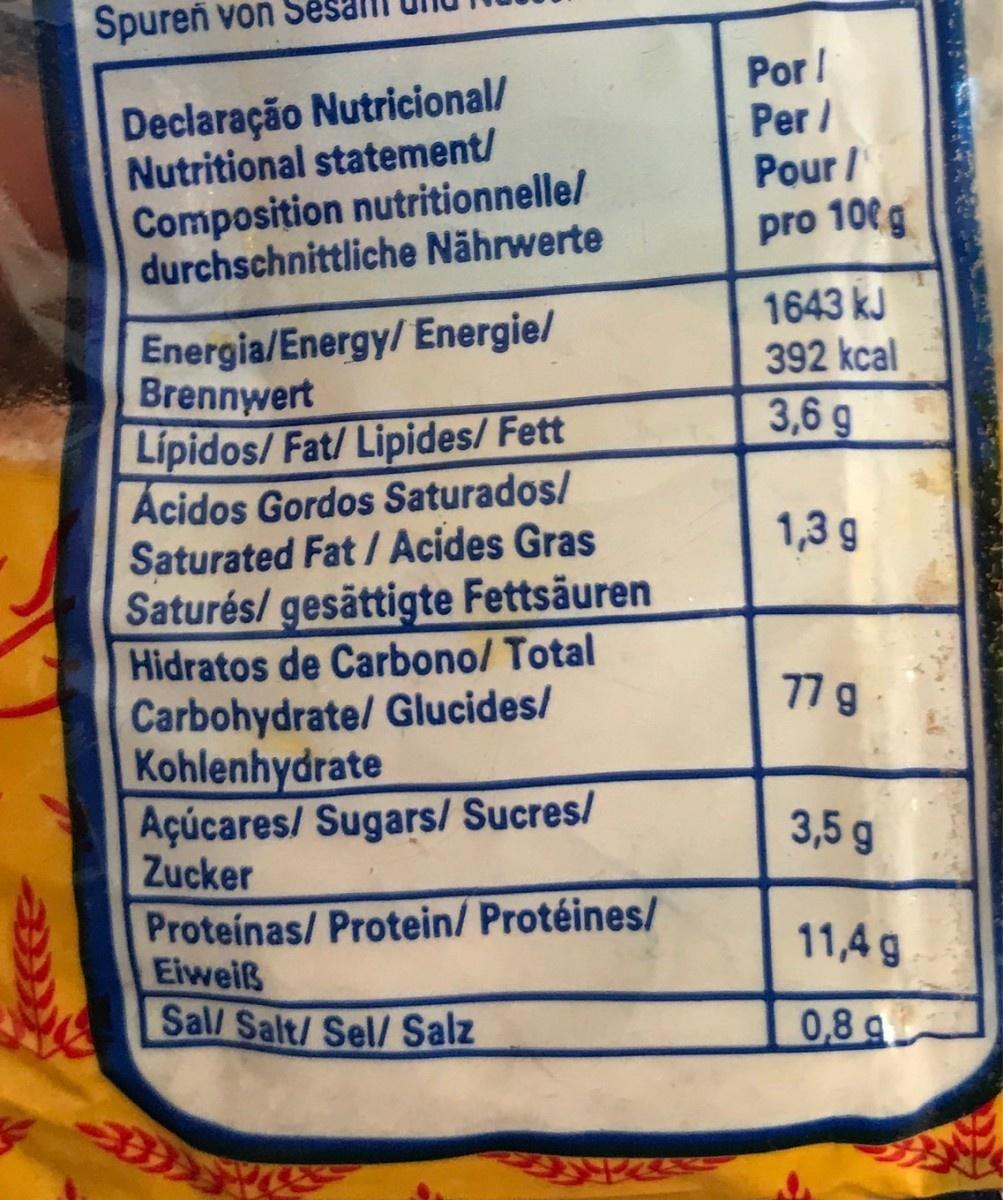
Spureñ von
Declaração Nutricional/ Nutritional statement/ Composition nutritionnelle/ durchschnittliche Nährwerte
Por/ Per / Pour /
pro 100g
1643 kJ 392 kcal
Energia/Energy/ Energie/ Brennwert Lipidos/Fat/ Lipides/ Fett Ácidos Gordos Saturados/ Saturated Fat/ Acides Gras Saturés/gesättigte Fettsäuren Hidratos de Carbono/ Total Carbohydrate/ Glucides/ Kohlenhydrate Açúcares/ Sugars/ Sucres/ Zucker
3,6g
1,3 g
77 g
3,5 g
Proteinas/ Protein/ Protéines/ Eiweiß Sal/ Salt/ Sel/ Salz
11,4 g
0,8g